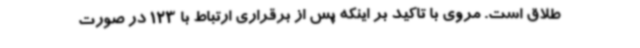
طلاق است. مروی با تاکید بر اینکه پس از برقراری ارتباط با 123 در صورت